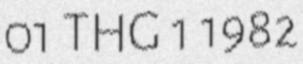
01 THG 1 1982